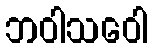
ဘဝါသဝေါ